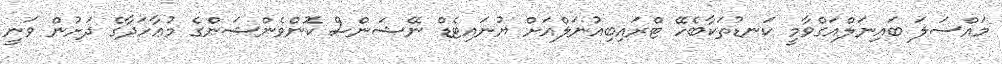
މައްސަލަ ބައިނަލްއަގްވާމީ ކަނޑުތަކާބެހޭ ޓްރައިބިއުނަލްއަށް ޔުނައިޓެޑް ނޭޝަންސް ކޮންވެންޝަންގެ މުޢާހަދާގެ ދަށުން ވަނީ